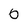
Character: 0